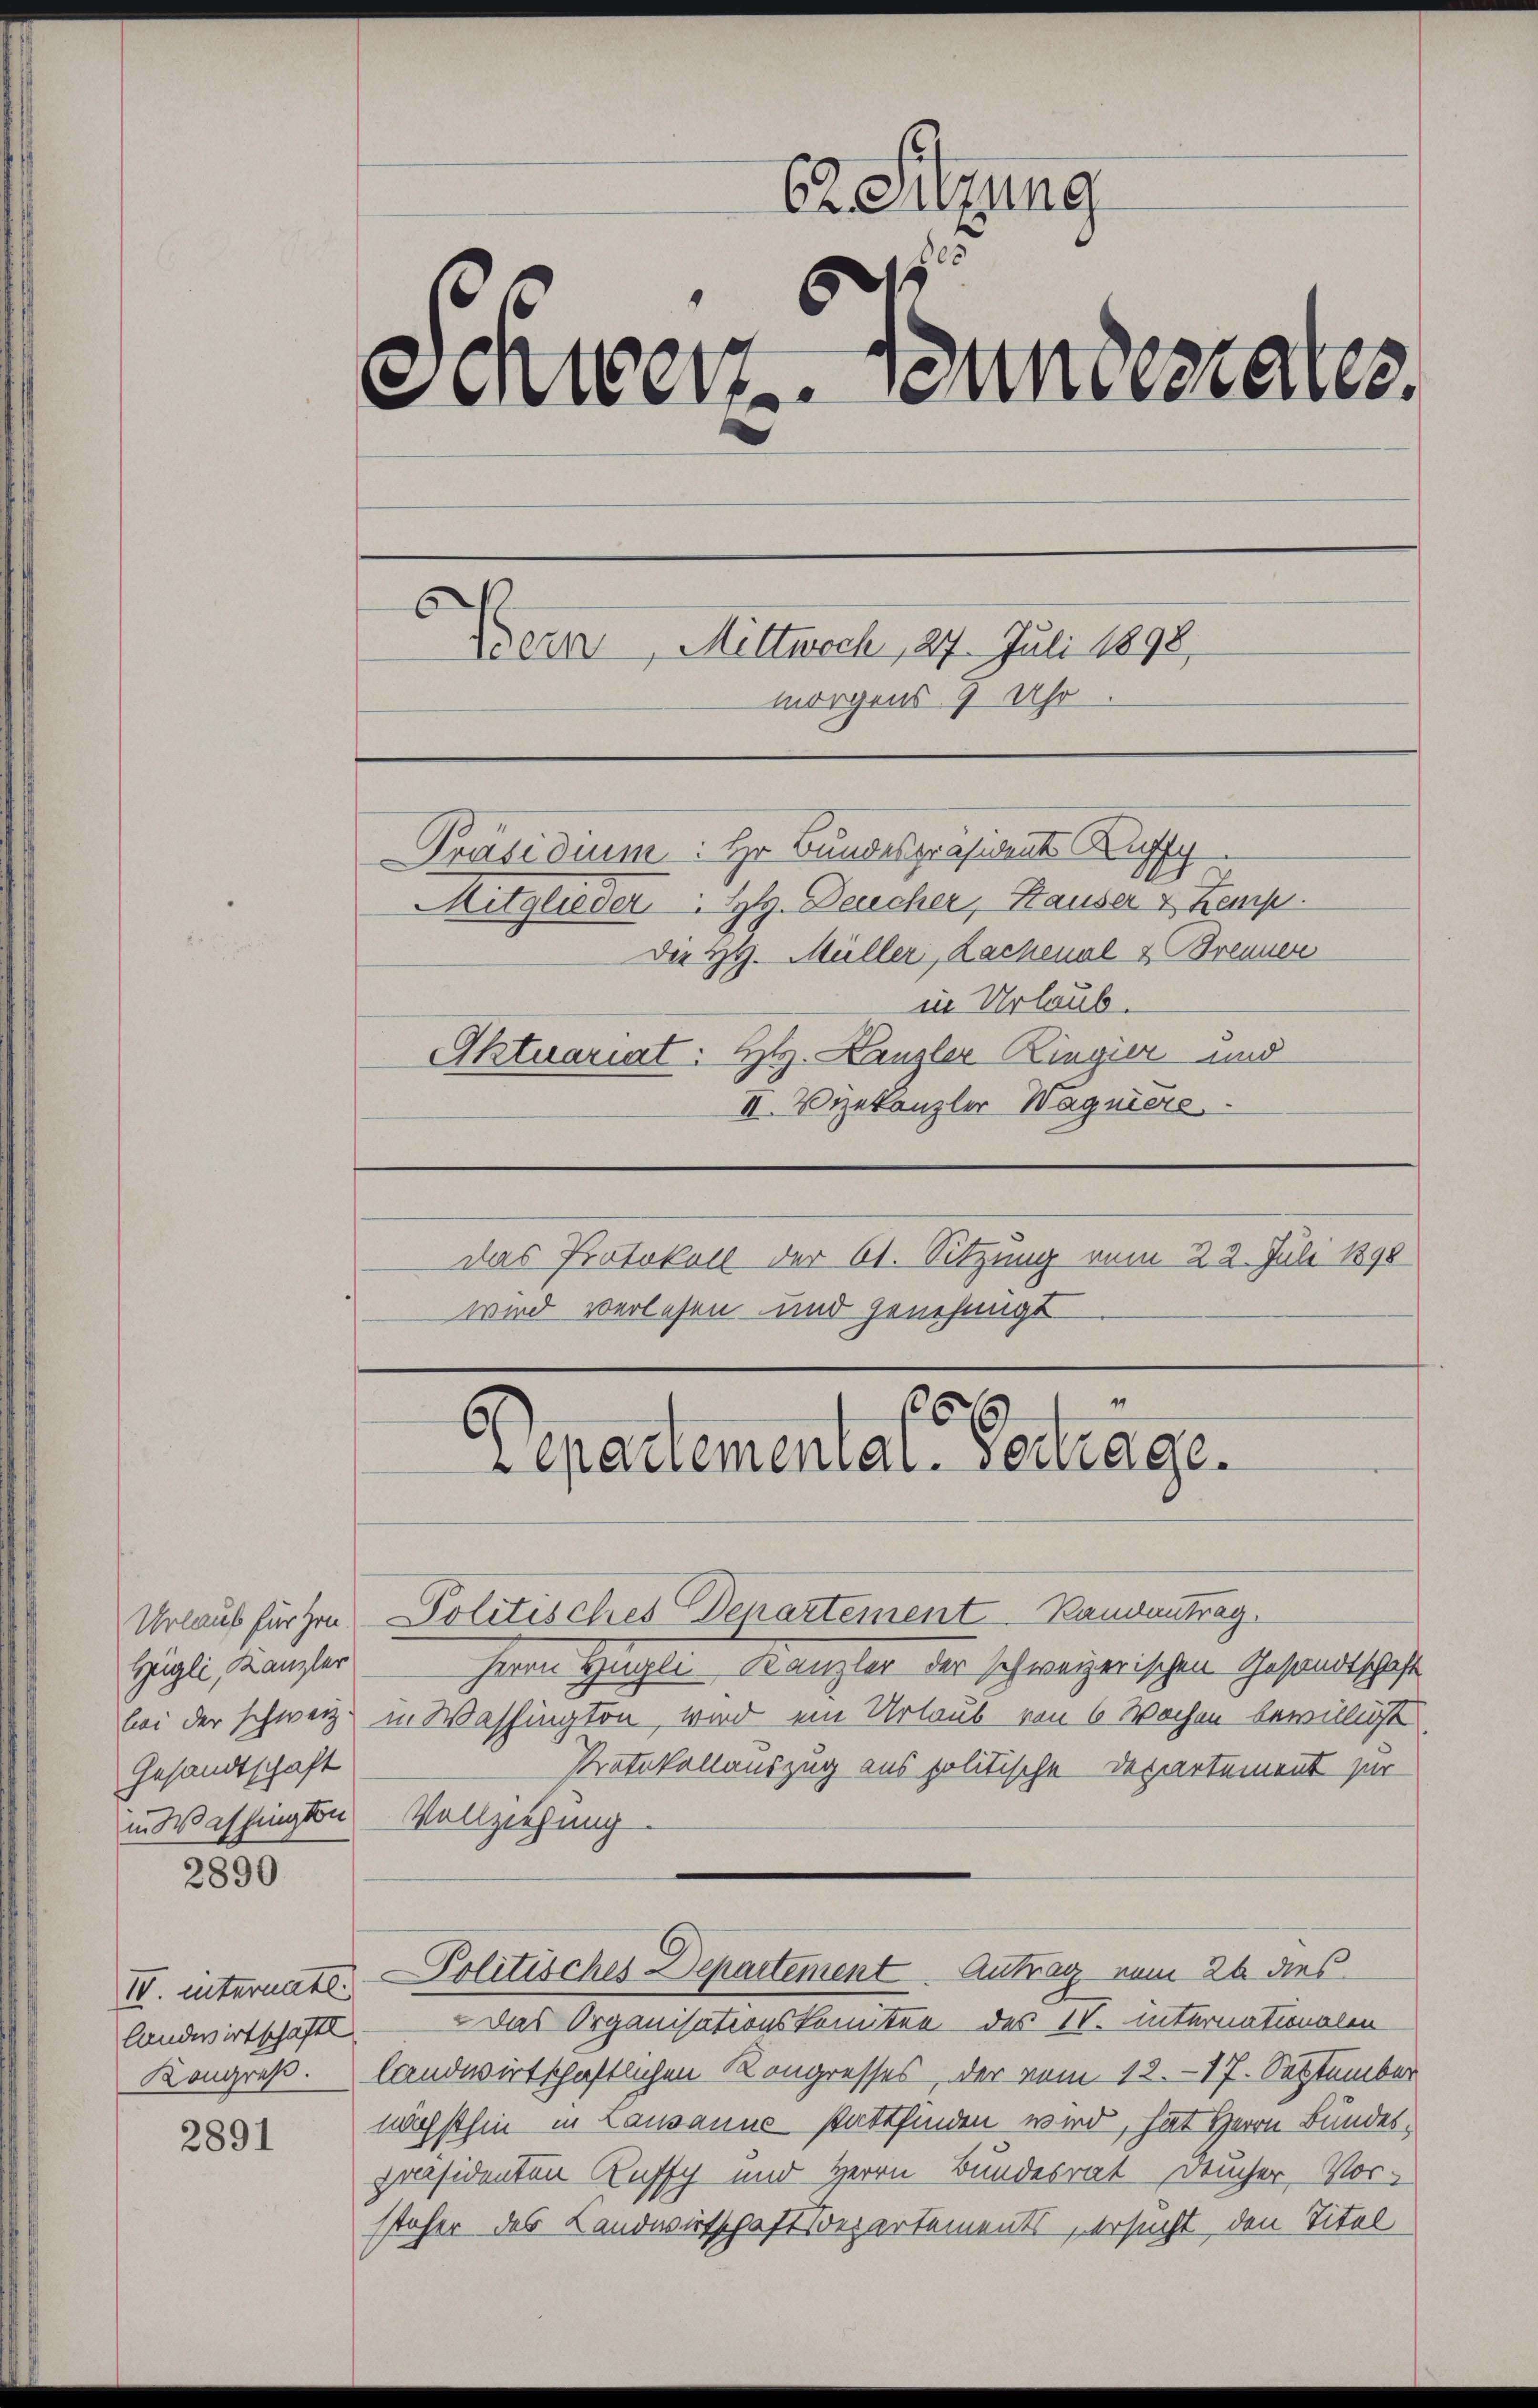
Hügli, Kanzler
Gesandtschaft
ii Washington
2890

III. internatl
landwirtschaftl

2891

62. Sitzung
s
Schwert einesrates.
 Bern, Mittwoch, 27. Juli 1898,
morgens 7 Uhr.
Präsidium: Hr. Bundespräsident Kupf
Mitglieder H. Deucher, Hauser & Kemp
Der H. Müller, Lachenal & Brenner
in Urlaub.
Aktuariat: H. Kanzler Ringier und
II. Vizekanzler Wagniere
das Protokoll der 61. Sitzung vom 22. Juli 1890
wird verlesen und genehmigt

Urlaus fürzen Politisches Departement Randantrag
Herrn Hügli-Kanzler der schweizerischen Gesandtschaft
bei der schweiz. in Washington, wird ein Urlaub von 6 Wochen bewilligt
Protokollauszug aus politische Departement zur
Vollziehung.
Politisches Departement Antrag vom 26 dies
Das Organisationskomitee des IV. Internationalen
Kongreß. landwirtschaftlichen Kongresses, der vom 12. 17. September
nächsthin in Lausanne stattfinden wird, hat Herrn Bundespräsidenten Ruffch und Herrn Bundesrat Deucher, Vorsteher des Landwirtschaftsdepartements, ersucht, den Titel

41
256
epartemental. ertrage.